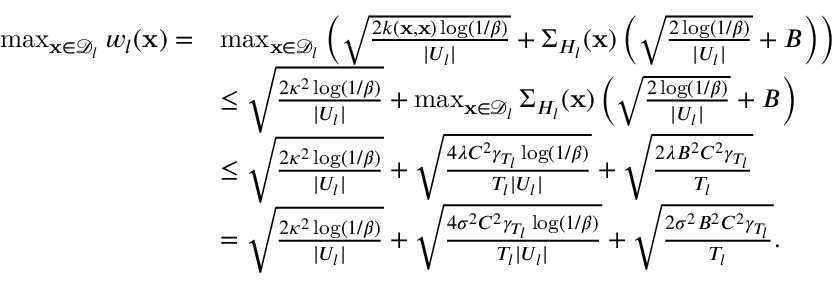
\begin{array} { r l } { \operatorname* { m a x } _ { \mathbf { x } \in \mathcal { D } _ { l } } w _ { l } ( \mathbf { x } ) = } & { \operatorname* { m a x } _ { \mathbf { x } \in \mathcal { D } _ { l } } \left( \sqrt { \frac { 2 k ( \mathbf { x } , \mathbf { x } ) \log ( 1 / \beta ) } { | U _ { l } | } } + \Sigma _ { H _ { l } } ( \mathbf { x } ) \left( \sqrt { \frac { 2 \log ( 1 / \beta ) } { | U _ { l } | } } + B \right) \right) } \\ & { \leq \sqrt { \frac { 2 \kappa ^ { 2 } \log ( 1 / \beta ) } { | U _ { l } | } } + \operatorname* { m a x } _ { \mathbf { x } \in \mathcal { D } _ { l } } \Sigma _ { H _ { l } } ( \mathbf { x } ) \left( \sqrt { \frac { 2 \log ( 1 / \beta ) } { | U _ { l } | } } + B \right) } \\ & { \leq \sqrt { \frac { 2 \kappa ^ { 2 } \log ( 1 / \beta ) } { | U _ { l } | } } + \sqrt { \frac { 4 \lambda C ^ { 2 } \gamma _ { T _ { l } } \log ( 1 / \beta ) } { T _ { l } | U _ { l } | } } + \sqrt { \frac { 2 \lambda B ^ { 2 } C ^ { 2 } \gamma _ { T _ { l } } } { T _ { l } } } } \\ & { = \sqrt { \frac { 2 \kappa ^ { 2 } \log ( 1 / \beta ) } { | U _ { l } | } } + \sqrt { \frac { 4 \sigma ^ { 2 } C ^ { 2 } \gamma _ { T _ { l } } \log ( 1 / \beta ) } { T _ { l } | U _ { l } | } } + \sqrt { \frac { 2 \sigma ^ { 2 } B ^ { 2 } C ^ { 2 } \gamma _ { T _ { l } } } { T _ { l } } } . } \end{array}